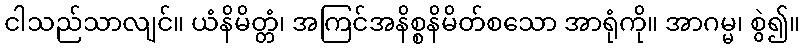
ငါသည်သာလျင်။ ယံနိမိတ္တံ၊ အကြင်အနိစ္စနိမိတ်စသော အာရုံကို။ အာဂမ္မ၊ စွဲ၍။